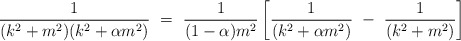
\begin{align*}\frac{1}{(k^2+m^2)(k^2+\alpha m^2)} ~=~ \frac{1}{(1-\alpha)m^2} \left[ \frac{1}{(k^2+\alpha m^2)} ~-~ \frac{1}{(k^2+m^2)} \right]\end{align*}